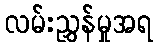
လမ်းညွှန်မှုအရ